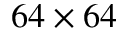
6 4 \times 6 4